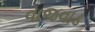
વાજવાડ